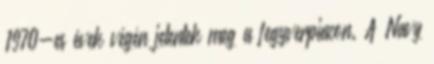
1970-es évek végén jelentek meg a fegyverpiacon. A Navy